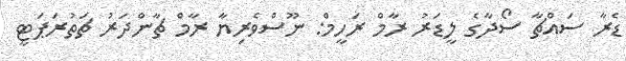
ޑެރާ ސައްޗާ ސޯދާގެ ލީޑަރު ރާާމް ރަހީމް: ނޫސްވެރިޔާ ރާމް ޗާންދަރު ޗަތުރަޕަޓީ